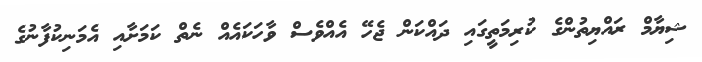
ޝިޔާމް ރައްޔިތުންގެ ކުރިމަތީގައި ދައްކަން ޖެހޭ އެއްވެސް ވާހަކައެއް ނެތް ކަމަށާއި އެމަނިކުފާނުގެ